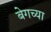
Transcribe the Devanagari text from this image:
बेगच्या